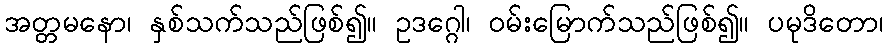
အတ္တမနော၊ နှစ်သက်သည်ဖြစ်၍။ ဥဒဂ္ဂေါ၊ ဝမ်းမြောက်သည်ဖြစ်၍။ ပမုဒိတော၊